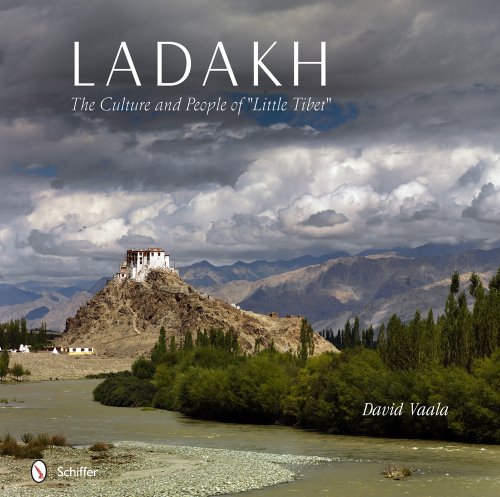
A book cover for Ladakh: The Culture and People of "Little Tibet"; David Vaala; Travel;